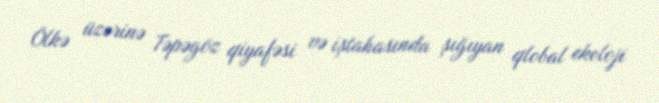
Ölkə üzərinə Təpəgöz qiyafəsi və iştahasında şığıyan qlobal ekoloji